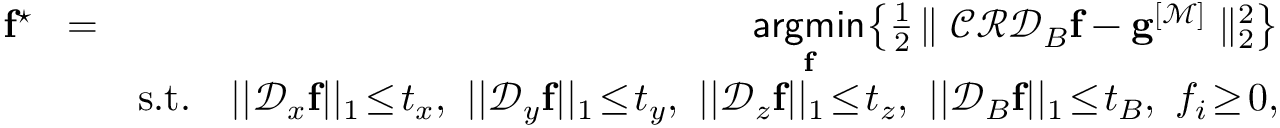
\begin{array} { r l r } { \mathbf { f } ^ { \star } \! } & { = } & { \! \underset { \mathbf { f } } { \mathsf { a r g m i n } } \! \left\{ \frac { 1 } { 2 } \! \parallel \mathcal { C } \mathcal { R } \mathcal { D } _ { B } { \mathbf { f } } - \mathbf { g } ^ { [ \mathcal { M } ] } \parallel _ { 2 } ^ { 2 } \right\} } \\ & { } & { \mathrm { s . t . } \quad | | \mathcal { D } _ { x } { \mathbf { f } } | | _ { 1 } \! \le \! t _ { x } , \, \, | | \mathcal { D } _ { y } { \mathbf { f } } | | _ { 1 } \! \le \! t _ { y } , \, \, | | \mathcal { D } _ { z } { \mathbf { f } } | | _ { 1 } \! \le \! t _ { z } , \, \, | | \mathcal { D } _ { B } { \mathbf { f } } | | _ { 1 } \! \le \! t _ { B } , \, \, f _ { i } \! \ge \! 0 , } \end{array}